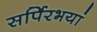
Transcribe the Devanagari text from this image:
सर्पिरभयां